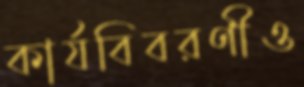
কার্যবিবরণীও